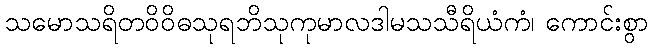
သမောသရိတဝိဝိဓသုရဘိသုကုမာလဒါမသသီရိယံကံ၊ ကောင်းစွာ